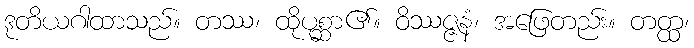
ဒုတိယဂါထာသည်။ တဿ၊ ထိုပုစ္ဆာ၏။ ဝိဿဇ္ဇနံ၊ အဖြေတည်း။ တတ္ထ၊